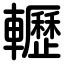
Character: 轣